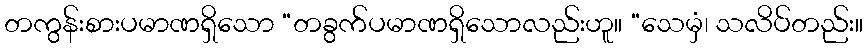
တကွန်းစားပမာဏရှိသော “တခွက်ပမာဏရှိသောလည်းဟူ။ “သေမှံ၊ သလိပ်တည်း။